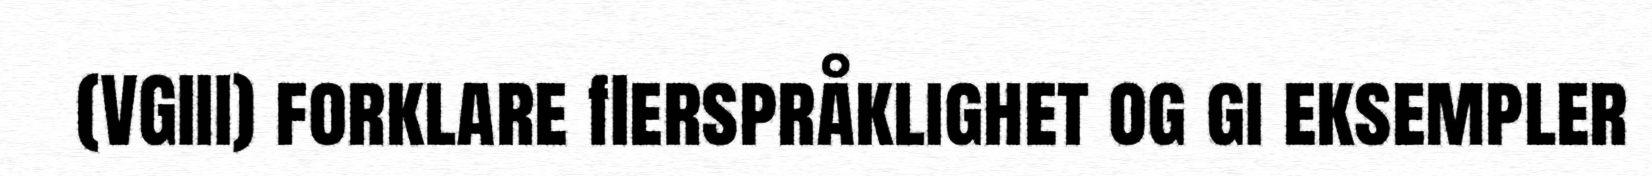
(VGIII) forklare flerspråklighet og gi eksempler